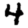
Digit: 4